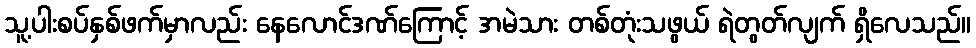
သူ့ပါးစပ်နှစ်ဖက်မှာလည်း နေလောင်ဒဏ်ကြောင့် အမဲသား တစ်တုံးသဖွယ် ရဲတွတ်လျက် ရှိလေသည်။